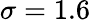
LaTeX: \sigma=1.6